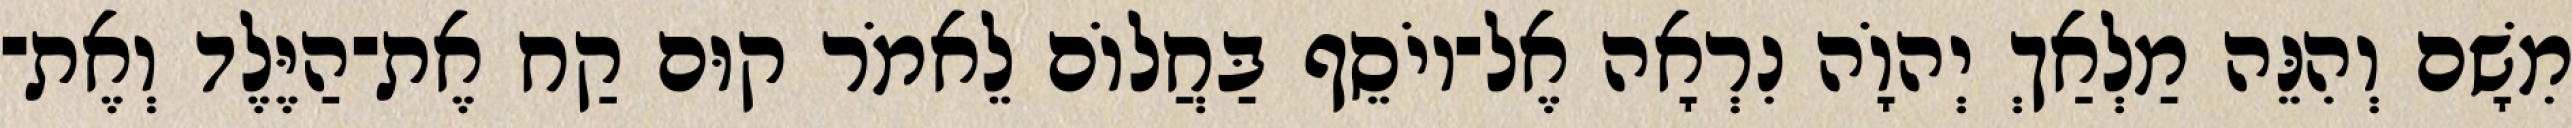
מִשָׁם וְהִנֵּה מַלְאַךְ יְהוָֹה נִרְאָה אֶל־יוֹסֵף בַּחֲלוֹם לֵאמֹר קוּם קַח אֶת־הַיֶּלֶד וְאֶת־